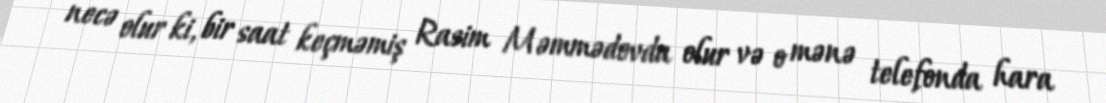
necə olur ki, bir saat keçməmiş Rasim Məmmədovda olur və o mənə telefonda hara